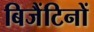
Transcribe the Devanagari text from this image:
बिजैंटिनों